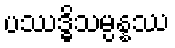
ပဿဒ္ဓိသမ္ပန္နဿ